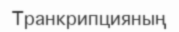
Транкрипцияның